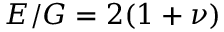
E / G = 2 ( 1 + \nu )